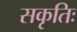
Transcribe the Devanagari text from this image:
सकृतिः